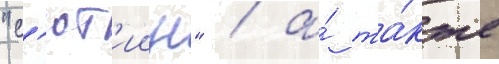
"с'ют'иин" / а́ та́кже